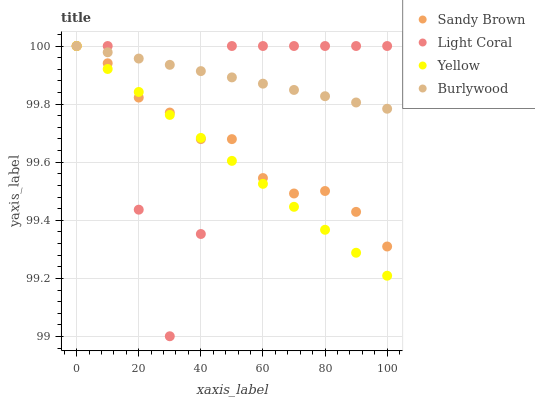
| xaxis_label | Sandy Brown | Light Coral | Yellow | Burlywood |
 | --- | --- | --- | --- | --- |
 | 0 | 100 | 100 | 100 | 100 |
 | 10 | 99.9 | 100 | 99.9 | 100 |
 | 20 | 99.8 | 99.4 | 99.8 | 100 |
 | 30 | 99.8 | 99 | 99.8 | 99.9 |
 | 40 | 99.7 | 99.4 | 99.7 | 99.9 |
 | 50 | 99.7 | 100 | 99.6 | 99.9 |
 | 60 | 99.5 | 100 | 99.5 | 99.9 |
 | 70 | 99.5 | 100 | 99.4 | 99.8 |
 | 80 | 99.5 | 100 | 99.4 | 99.8 |
 | 90 | 99.4 | 100 | 99.3 | 99.8 |
 | 100 | 99.3 | 100 | 99.2 | 99.8 |